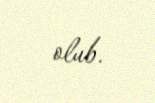
olub.